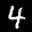
Label: 4